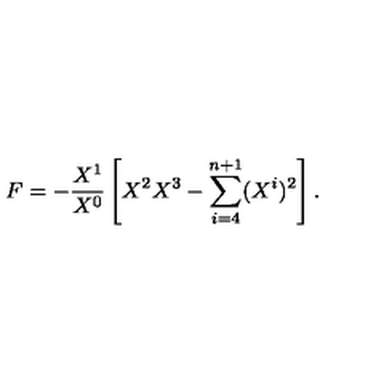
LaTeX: F = - { \frac { X ^ { 1 } } { X ^ { 0 } } } \left[ X ^ { 2 } X ^ { 3 } - \sum _ { i = 4 } ^ { n + 1 } ( X ^ { i } ) ^ { 2 } \right] .